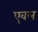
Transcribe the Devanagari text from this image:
एवल